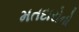
મતદારોનો